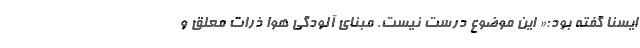
ایسنا گفته بود:« این موضوع درست نیست. مبنای آلودگی هوا ذرات معلق و